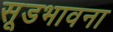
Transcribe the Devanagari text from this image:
सूडभावना